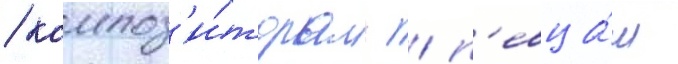
/ композ'и́торам / п'евца́м